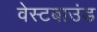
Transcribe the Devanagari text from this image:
वेस्टबाउंड